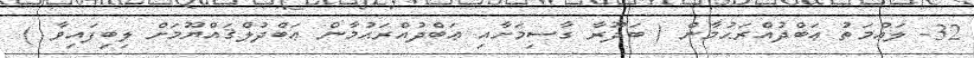
32- ލައްމަތު ޢަބްދުއްރަޙުމާން ( ބަދޫރާ ގާސިމަށާއި ޢަބްދުއްރަޙުމާން ޢަބްދުލްޤައްޔޫމަށް ލިބިފައިވާ )